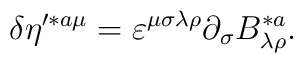
\delta \eta ^{\prime *a\mu }=\varepsilon ^{\mu \sigma \lambda \rho}\partial _\sigma B_{\lambda \rho }^{*a}.